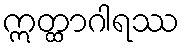
ဣတ္ထာဂါရဿ